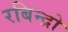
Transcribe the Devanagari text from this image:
रबिन्द्रो